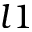
l 1